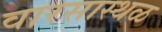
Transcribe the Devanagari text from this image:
वारसास्थळ